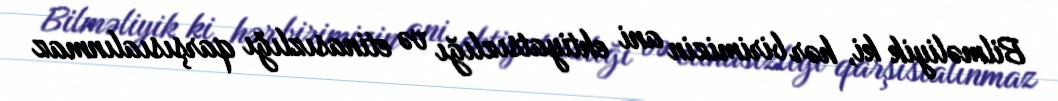
Bilməliyik ki, hər birimizin ani ehtiyatsızlığı və etinasızlığı qarşısıalınmaz